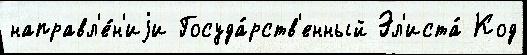
направл'е́н'иjи Госуда́рств'енный Эл'иста́ Код